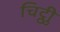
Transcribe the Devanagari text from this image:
चिट्ठीु